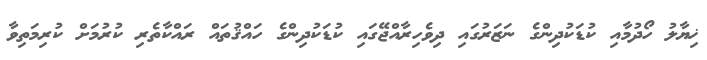
ޚިޔާލު ހޯދުމާއި ކުޑަކުދިންގެ ނަޒަރުގައި ދިވެހިރާއްޖޭގައި ކުޑަކުދިންގެ ހައްޤުތައް ރައްކާތެރި ކުރުމަށް ކުރިމަތިވާ